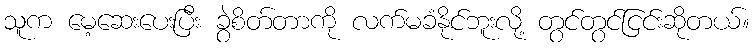
သူက မေ့ဆေးပေးပြီး ခွဲစိတ်တာကို လက်မခံနိုင်ဘူးလို့ တွင်တွင်ငြင်းဆိုတယ်။